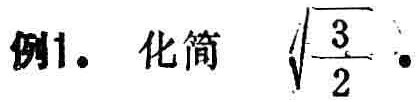
例1. 化简 $\sqrt{\frac{3}{2}}$